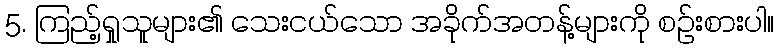
5. ကြည့်ရှုသူများ၏ သေးငယ်သော အခိုက်အတန့်များကို စဉ်းစားပါ။